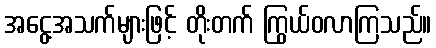
အငွေ့အသက်များဖြင့် တိုးတက် ကြွယ်ဝလာကြသည်။